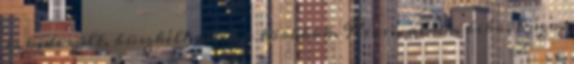
is kiderült, büszkélkedtek a törökök. Kicsi, alma, bika, búza,